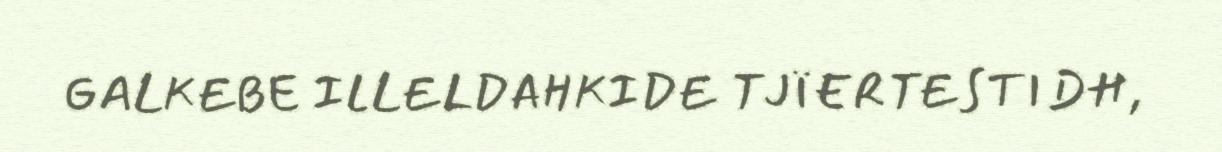
GALKEBE ILLELDAHKIDE TJÏERTESTIDH,